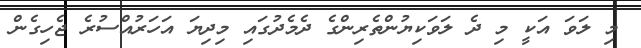
މި ލަވަ އަކީ މި ދެ ލަވަކިޔުންތެރިންގެ ދެމެދުގައި މިދިޔަ އަހަރުއްސުރެ ޖެހިގެން